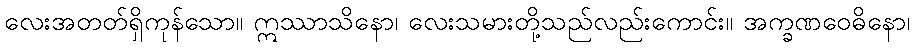
လေးအတတ်ရှိကုန်သော။ ဣဿာသိနော၊ လေးသမားတို့သည်လည်းကောင်း။ အက္ခဏဝေဓိနော၊